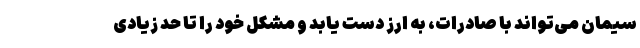
سیمان می‌تواند با صادرات، به ارز دست یابد و مشکل خود را تا حد زیادی